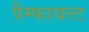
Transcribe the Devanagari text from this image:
पैम्फायल्ट